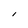
Character: l